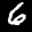
Label: 6